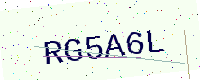
Text: RG5A6L